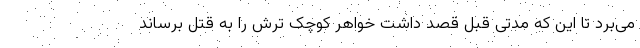
می‌برد تا این که مدتی قبل قصد داشت خواهر کوچک ترش را به قتل برساند